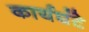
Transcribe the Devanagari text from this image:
कार्यघंटे